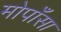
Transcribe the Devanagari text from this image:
मोपाँसा